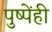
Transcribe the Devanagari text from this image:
पुष्पेंही